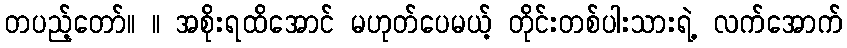
တပည့်တော်။ ။ အစိုးရထိအောင် မဟုတ်ပေမယ့် တိုင်းတစ်ပါးသားရဲ့ လက်အောက်